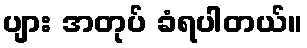
ပျား အတုပ် ခံရပါတယ်။